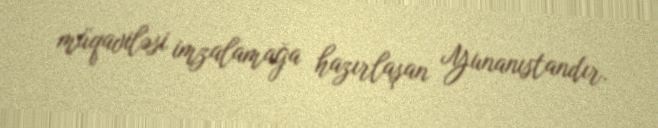
müqaviləsi imzalamağa hazırlaşan Yunanıstandır.